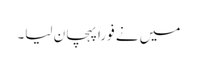
میں نے فوراً پہچان لیا۔